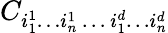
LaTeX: C_{i_{1}^{1}\ldots i_{n}^{1}\, \ldots\, i_{1}^{d}\ldots i_{n}^{d}}